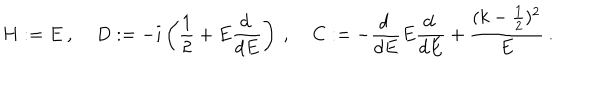
LaTeX: H : = E \: , \: \: \: \: \: D : = - i \left( \frac { 1 } { 2 } + E \frac { d \: } { d E } \right) \: , \: \: \: \: \: C : = - \frac { d \: } { d E } E \frac { d \: } { d E } + \frac { ( k - \frac { 1 } { 2 } ) ^ { 2 } } { E } \: .